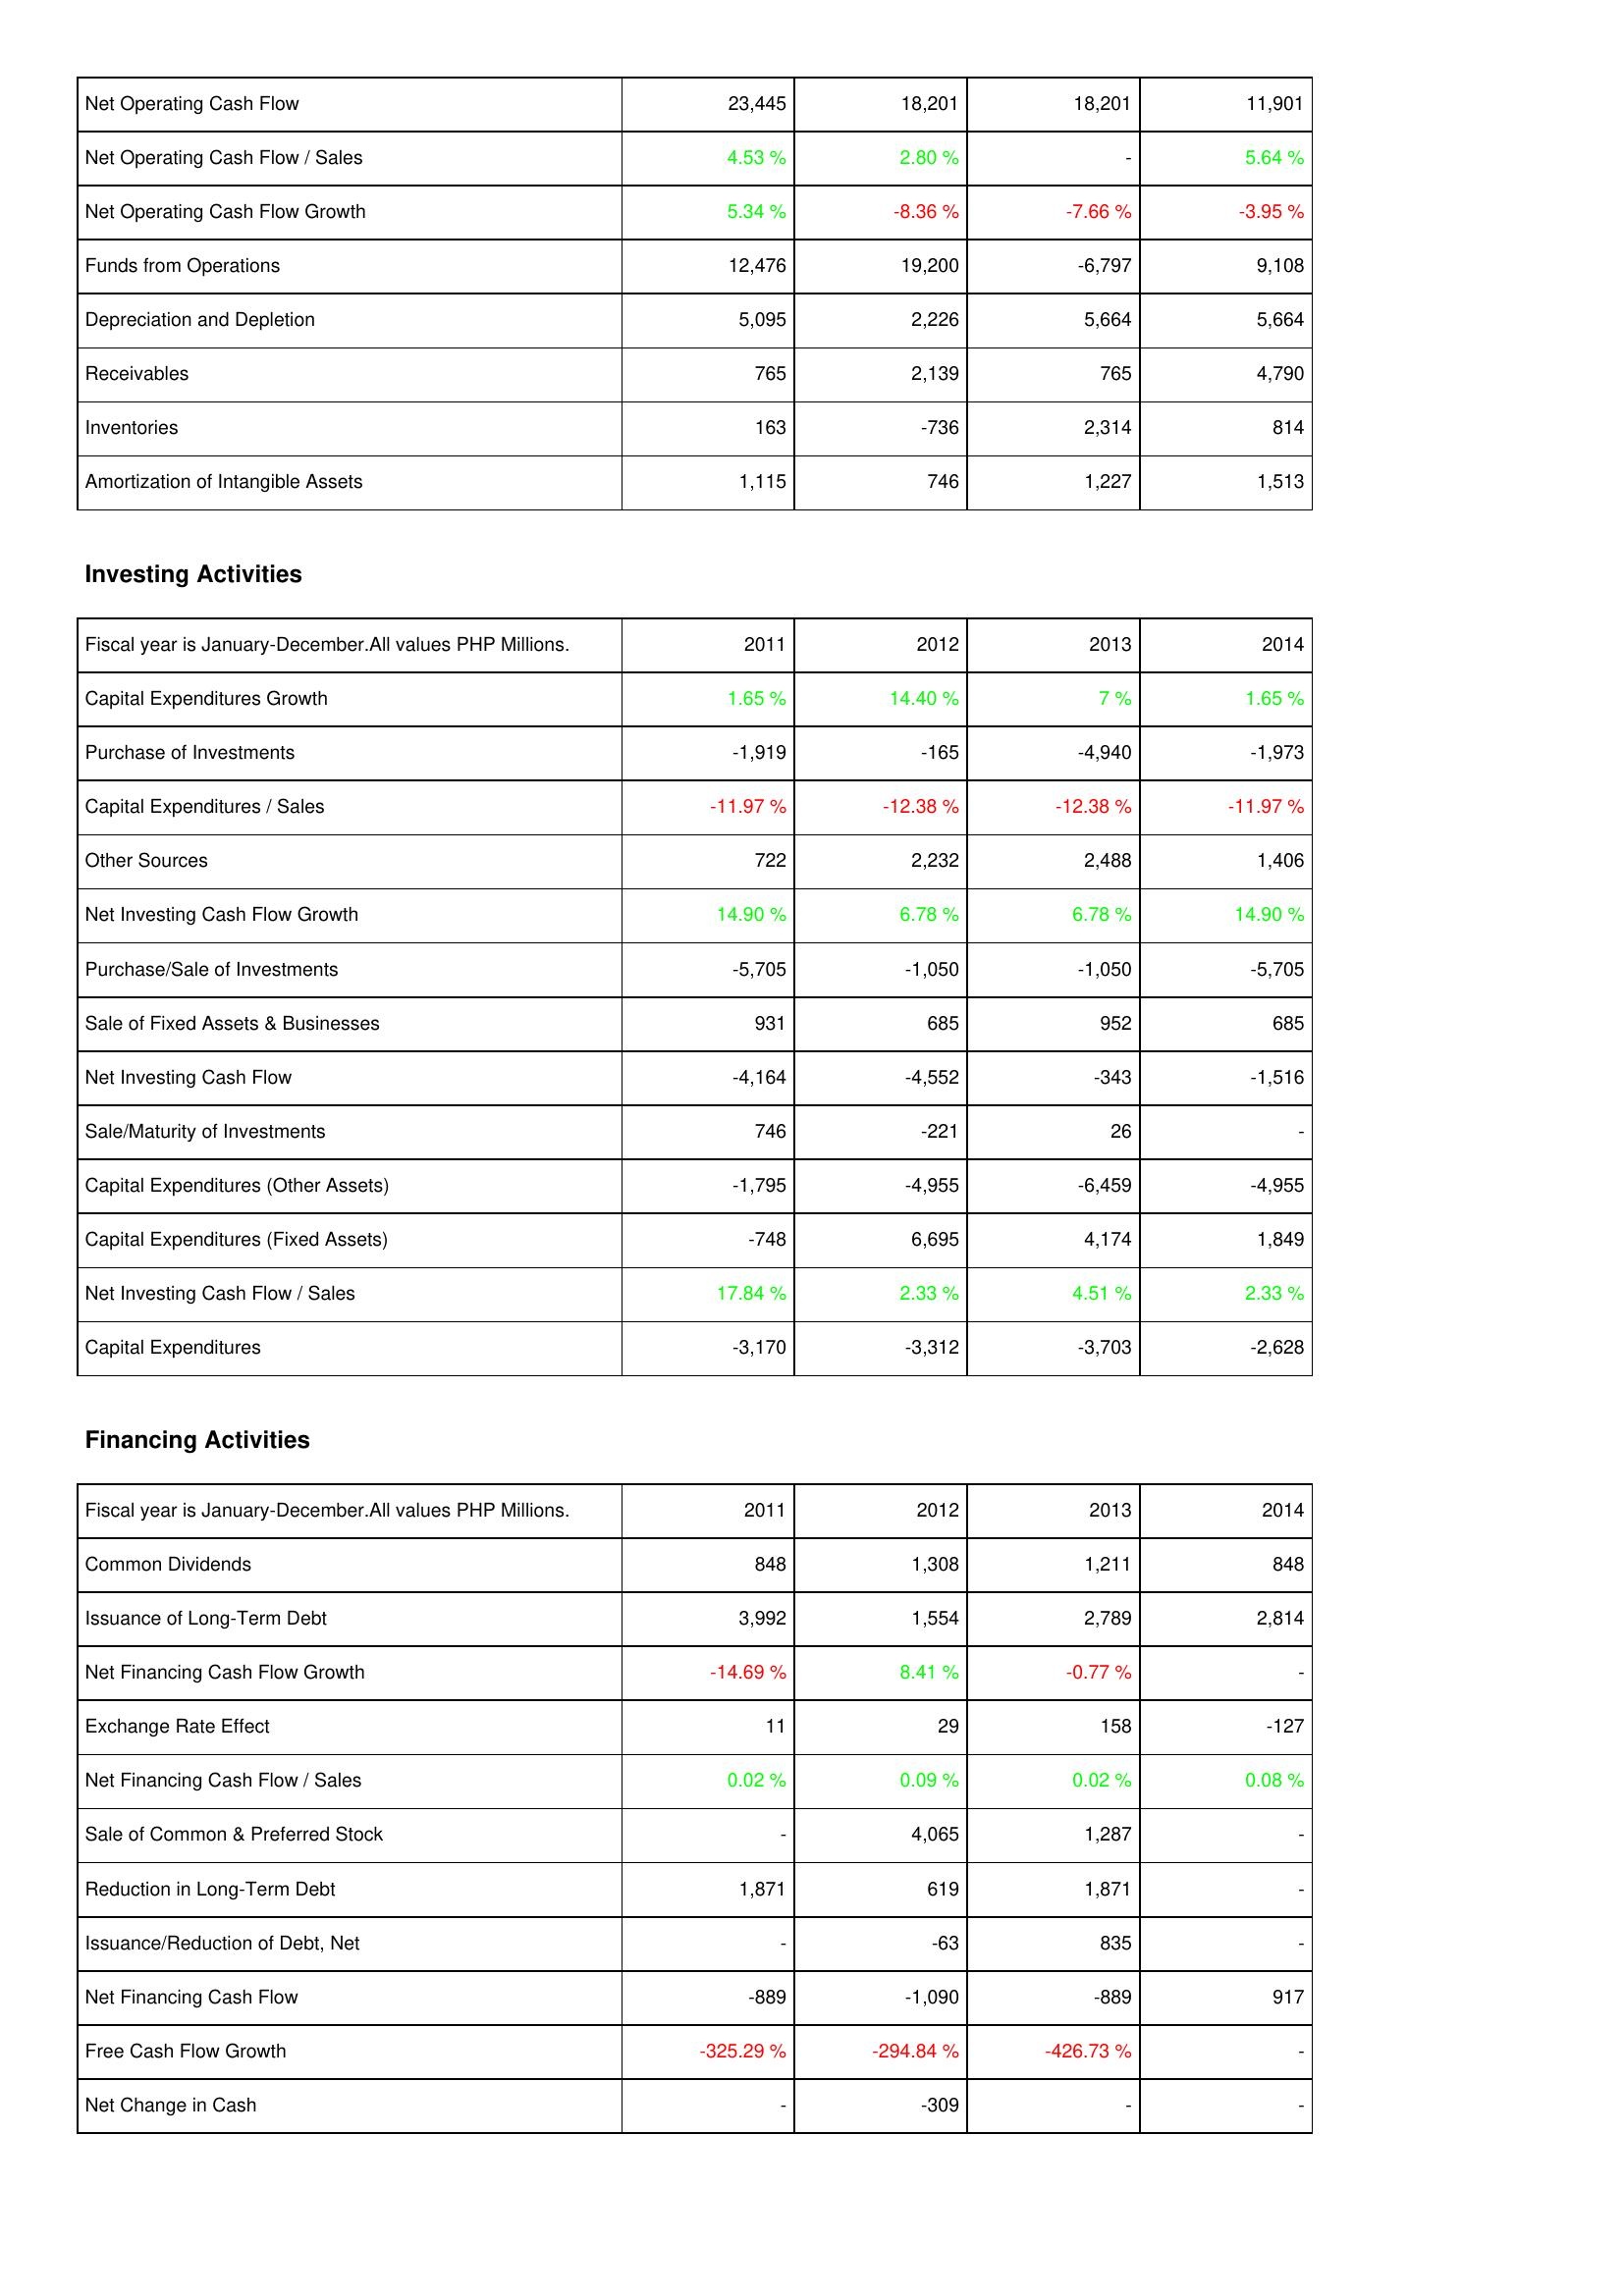
2011: Operating Activities: Net Operating Cash Flow: 23,445
Net Operating Cash Flow / Sales: 4.53 %
Net Operating Cash Flow Growth: 5.34 %
Funds from Operations: 12,476
Depreciation and Depletion: 5,095
Receivables: 765
Inventories: 163
Amortization of Intangible Assets: 1,115
Investing Activities: Capital Expenditures Growth: 1.65 %
Purchase of Investments: -1,919
Capital Expenditures / Sales: -11.97 %
Other Sources: 722
Net Investing Cash Flow Growth: 14.90 %
Purchase/Sale of Investments: -5,705
Sale of Fixed Assets & Businesses: 931
Net Investing Cash Flow: -4,164
Sale/Maturity of Investments: 746
Capital Expenditures (Other Assets): -1,795
Capital Expenditures (Fixed Assets): -748
Net Investing Cash Flow / Sales: 17.84 %
Capital Expenditures: -3,170
Financing Activities: Common Dividends: 848
Issuance of Long-Term Debt: 3,992
Net Financing Cash Flow Growth: -14.69 %
Exchange Rate Effect: 11
Net Financing Cash Flow / Sales: 0.02 %
Sale of Common & Preferred Stock: -
Reduction in Long-Term Debt: 1,871
Issuance/Reduction of Debt, Net: -
Net Financing Cash Flow: -889
Free Cash Flow Growth: -325.29 %
Net Change in Cash: -
2012: Operating Activities: Net Operating Cash Flow: 18,201
Net Operating Cash Flow / Sales: 2.80 %
Net Operating Cash Flow Growth: -8.36 %
Funds from Operations: 19,200
Depreciation and Depletion: 2,226
Receivables: 2,139
Inventories: -736
Amortization of Intangible Assets: 746
Investing Activities: Capital Expenditures Growth: 14.40 %
Purchase of Investments: -165
Capital Expenditures / Sales: -12.38 %
Other Sources: 2,232
Net Investing Cash Flow Growth: 6.78 %
Purchase/Sale of Investments: -1,050
Sale of Fixed Assets & Businesses: 685
Net Investing Cash Flow: -4,552
Sale/Maturity of Investments: -221
Capital Expenditures (Other Assets): -4,955
Capital Expenditures (Fixed Assets): 6,695
Net Investing Cash Flow / Sales: 2.33 %
Capital Expenditures: -3,312
Financing Activities: Common Dividends: 1,308
Issuance of Long-Term Debt: 1,554
Net Financing Cash Flow Growth: 8.41 %
Exchange Rate Effect: 29
Net Financing Cash Flow / Sales: 0.09 %
Sale of Common & Preferred Stock: 4,065
Reduction in Long-Term Debt: 619
Issuance/Reduction of Debt, Net: -63
Net Financing Cash Flow: -1,090
Free Cash Flow Growth: -294.84 %
Net Change in Cash: -309
2013: Operating Activities: Net Operating Cash Flow: 18,201
Net Operating Cash Flow / Sales: -
Net Operating Cash Flow Growth: -7.66 %
Funds from Operations: -6,797
Depreciation and Depletion: 5,664
Receivables: 765
Inventories: 2,314
Amortization of Intangible Assets: 1,227
Investing Activities: Capital Expenditures Growth: 7 %
Purchase of Investments: -4,940
Capital Expenditures / Sales: -12.38 %
Other Sources: 2,488
Net Investing Cash Flow Growth: 6.78 %
Purchase/Sale of Investments: -1,050
Sale of Fixed Assets & Businesses: 952
Net Investing Cash Flow: -343
Sale/Maturity of Investments: 26
Capital Expenditures (Other Assets): -6,459
Capital Expenditures (Fixed Assets): 4,174
Net Investing Cash Flow / Sales: 4.51 %
Capital Expenditures: -3,703
Financing Activities: Common Dividends: 1,211
Issuance of Long-Term Debt: 2,789
Net Financing Cash Flow Growth: -0.77 %
Exchange Rate Effect: 158
Net Financing Cash Flow / Sales: 0.02 %
Sale of Common & Preferred Stock: 1,287
Reduction in Long-Term Debt: 1,871
Issuance/Reduction of Debt, Net: 835
Net Financing Cash Flow: -889
Free Cash Flow Growth: -426.73 %
Net Change in Cash: -
2014: Operating Activities: Net Operating Cash Flow: 11,901
Net Operating Cash Flow / Sales: 5.64 %
Net Operating Cash Flow Growth: -3.95 %
Funds from Operations: 9,108
Depreciation and Depletion: 5,664
Receivables: 4,790
Inventories: 814
Amortization of Intangible Assets: 1,513
Investing Activities: Capital Expenditures Growth: 1.65 %
Purchase of Investments: -1,973
Capital Expenditures / Sales: -11.97 %
Other Sources: 1,406
Net Investing Cash Flow Growth: 14.90 %
Purchase/Sale of Investments: -5,705
Sale of Fixed Assets & Businesses: 685
Net Investing Cash Flow: -1,516
Sale/Maturity of Investments: -
Capital Expenditures (Other Assets): -4,955
Capital Expenditures (Fixed Assets): 1,849
Net Investing Cash Flow / Sales: 2.33 %
Capital Expenditures: -2,628
Financing Activities: Common Dividends: 848
Issuance of Long-Term Debt: 2,814
Net Financing Cash Flow Growth: -
Exchange Rate Effect: -127
Net Financing Cash Flow / Sales: 0.08 %
Sale of Common & Preferred Stock: -
Reduction in Long-Term Debt: -
Issuance/Reduction of Debt, Net: -
Net Financing Cash Flow: 917
Free Cash Flow Growth: -
Net Change in Cash: -